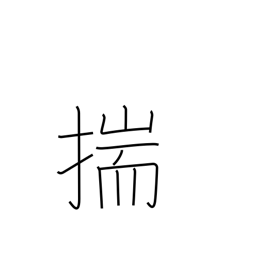
Meaning: conjecture